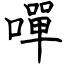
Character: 嘽